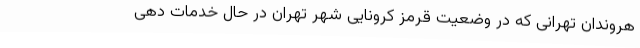
هروندان تهرانی که در وضعیت قرمز کرونایی شهر تهران در حال خدمات دهی